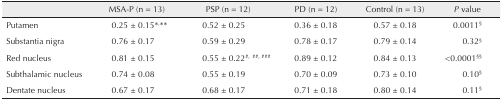
<table><thead><tr><td></td><td><b>MSA-P (n = 13)</b></td><td><b>PSP (n = 12)</b></td><td><b>PD (n = 12)</b></td><td><b>Control (n = 13)</b></td><td><b><i>P</i> value</b></td></tr></thead><tbody><tr><td>Putamen</td><td>0.25 ± 0.15<sup>*,**</sup></td><td>0.52 ± 0.25</td><td>0.36 ± 0.18</td><td>0.57 ± 0.18</td><td>0.0011<sup>§</sup></td></tr><tr><td>Substantia nigra</td><td>0.76 ± 0.17</td><td>0.59 ± 0.29</td><td>0.78 ± 0.17</td><td>0.79 ± 0.14</td><td>0.32<sup>§</sup></td></tr><tr><td>Red nucleus</td><td>0.81 ± 0.15</td><td>0.55 ± 0.22<sup>#, ##, ###</sup></td><td>0.89 ± 0.12</td><td>0.84 ± 0.13</td><td>&lt;0.0001<sup>§§</sup></td></tr><tr><td>Subthalamic nucleus</td><td>0.74 ± 0.08</td><td>0.55 ± 0.19</td><td>0.70 ± 0.09</td><td>0.73 ± 0.10</td><td>0.10<sup>§</sup></td></tr><tr><td>Dentate nucleus</td><td>0.67 ± 0.17</td><td>0.68 ± 0.17</td><td>0.71 ± 0.18</td><td>0.80 ± 0.14</td><td>0.11<sup>§</sup></td></tr></tbody></table>